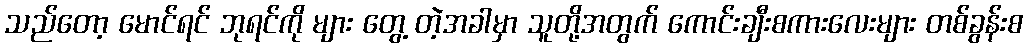
သည်တော့ မောင်ရင် ဘုရင်ကို များ တွေ့ တဲ့အခါမှာ သူတို့အတွက် ကောင်းချီးစကားလေးများ တစ်ခွန်းစ